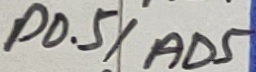
Text: P0.5/AD5